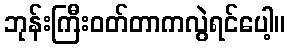
ဘုန်းကြီးဝတ်တာကလွဲရင်ပေါ့။